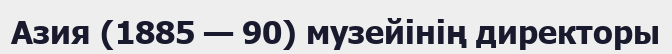
Азия (1885 — 90) музейінің директоры